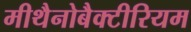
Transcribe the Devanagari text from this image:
मीथैनोबैक्टीरियम